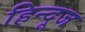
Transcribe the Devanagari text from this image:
हिन्दूज